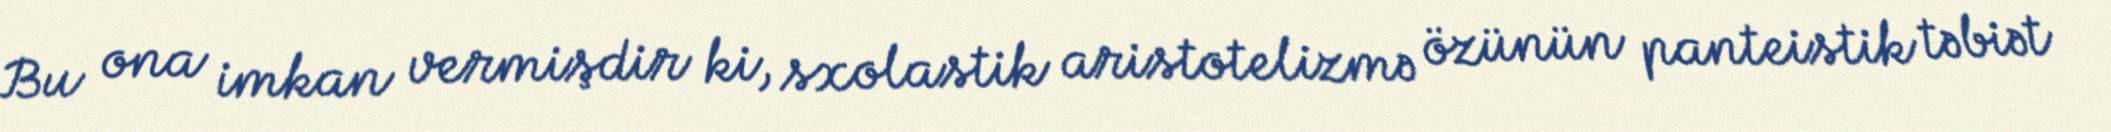
Bu ona imkan vermişdir ki, sxolastik aristotelizmə özünün panteistik təbiət